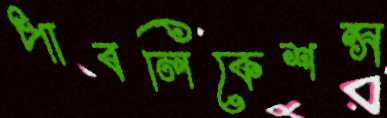
পাবলিকেশন্স